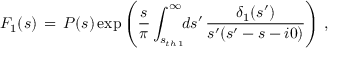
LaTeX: F _ { 1 } ( s ) \, = \, P ( s ) \exp \left( \frac { s } { \pi } \int _ { s _ { t h \, 1 } } ^ { \infty } \! \! d s ^ { \prime } \, \frac { \delta _ { 1 } ( s ^ { \prime } ) } { s ^ { \prime } ( s ^ { \prime } - s - i 0 ) } \right) \, ,